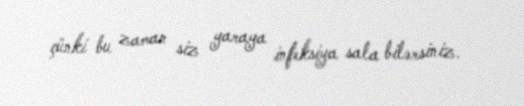
çünki bu zaman siz yaraya infeksiya sala bilərsiniz.